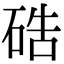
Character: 硞